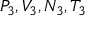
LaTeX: P _ { 3 } , V _ { 3 } , N _ { 3 } , T _ { 3 }